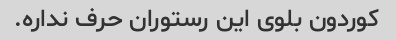
کوردون بلوی این رستوران حرف نداره.